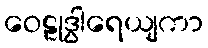
ဝေဠုဒွါရေယျကာ